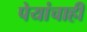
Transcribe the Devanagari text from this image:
पेयांचाही